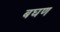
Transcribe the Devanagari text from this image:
बघण